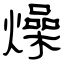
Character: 燥